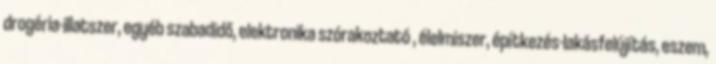
drogéria-illatszer, egyéb szabadidő, elektronika szórakoztató , élelmiszer, építkezés-lakásfelújítás, eszem,